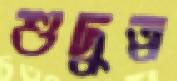
শুদ্ধত্ব